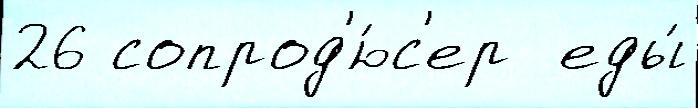
26 сопрод'ю́с'ер  еды́